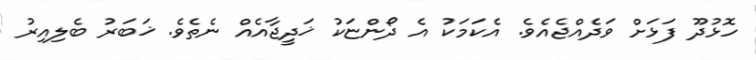
ހޮޅުދޫ ފަޅަށް ވަދެއްޖެއެވެ. އެކަމަކު އެ ދޯންޏަކު ޚަދީޖާއެއް ނެތެވެ. ޚަބަރު ބެލިއިރު